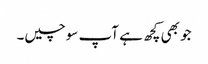
جو بھی کچھ ہے آپ سوچیں۔